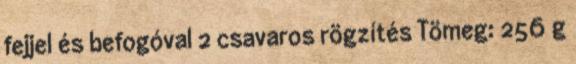
fejjel és befogóval 2 csavaros rögzítés Tömeg: 256 g